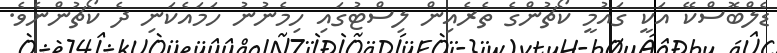
ޑެލްބޮސްކޭ އަކީ ގައުމީ ކޯޗުންގެ ތެރެއިން ލިސްޓުގައި ހިމެނުނު ހަމައެކަނި ދެ ކޯޗުންނެވެ.